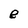
Character: e